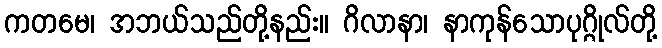
ကတမေ၊ အဘယ်သည်တို့နည်း။ ဂိလာနာ၊ နာကုန်သောပုဂ္ဂိုလ်တို့